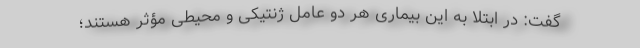
گفت: ‌در ابتلا به این بیماری هر دو عامل ژنتیکی و محیطی مؤثر هستند؛